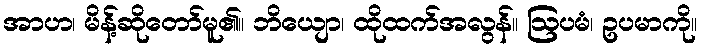
အာဟ၊ မိန့်ဆိုတော်မူ၏။ ဘိယျော၊ ထိုထက်အလွန်။ ဩပမံ၊ ဥပမာကို။